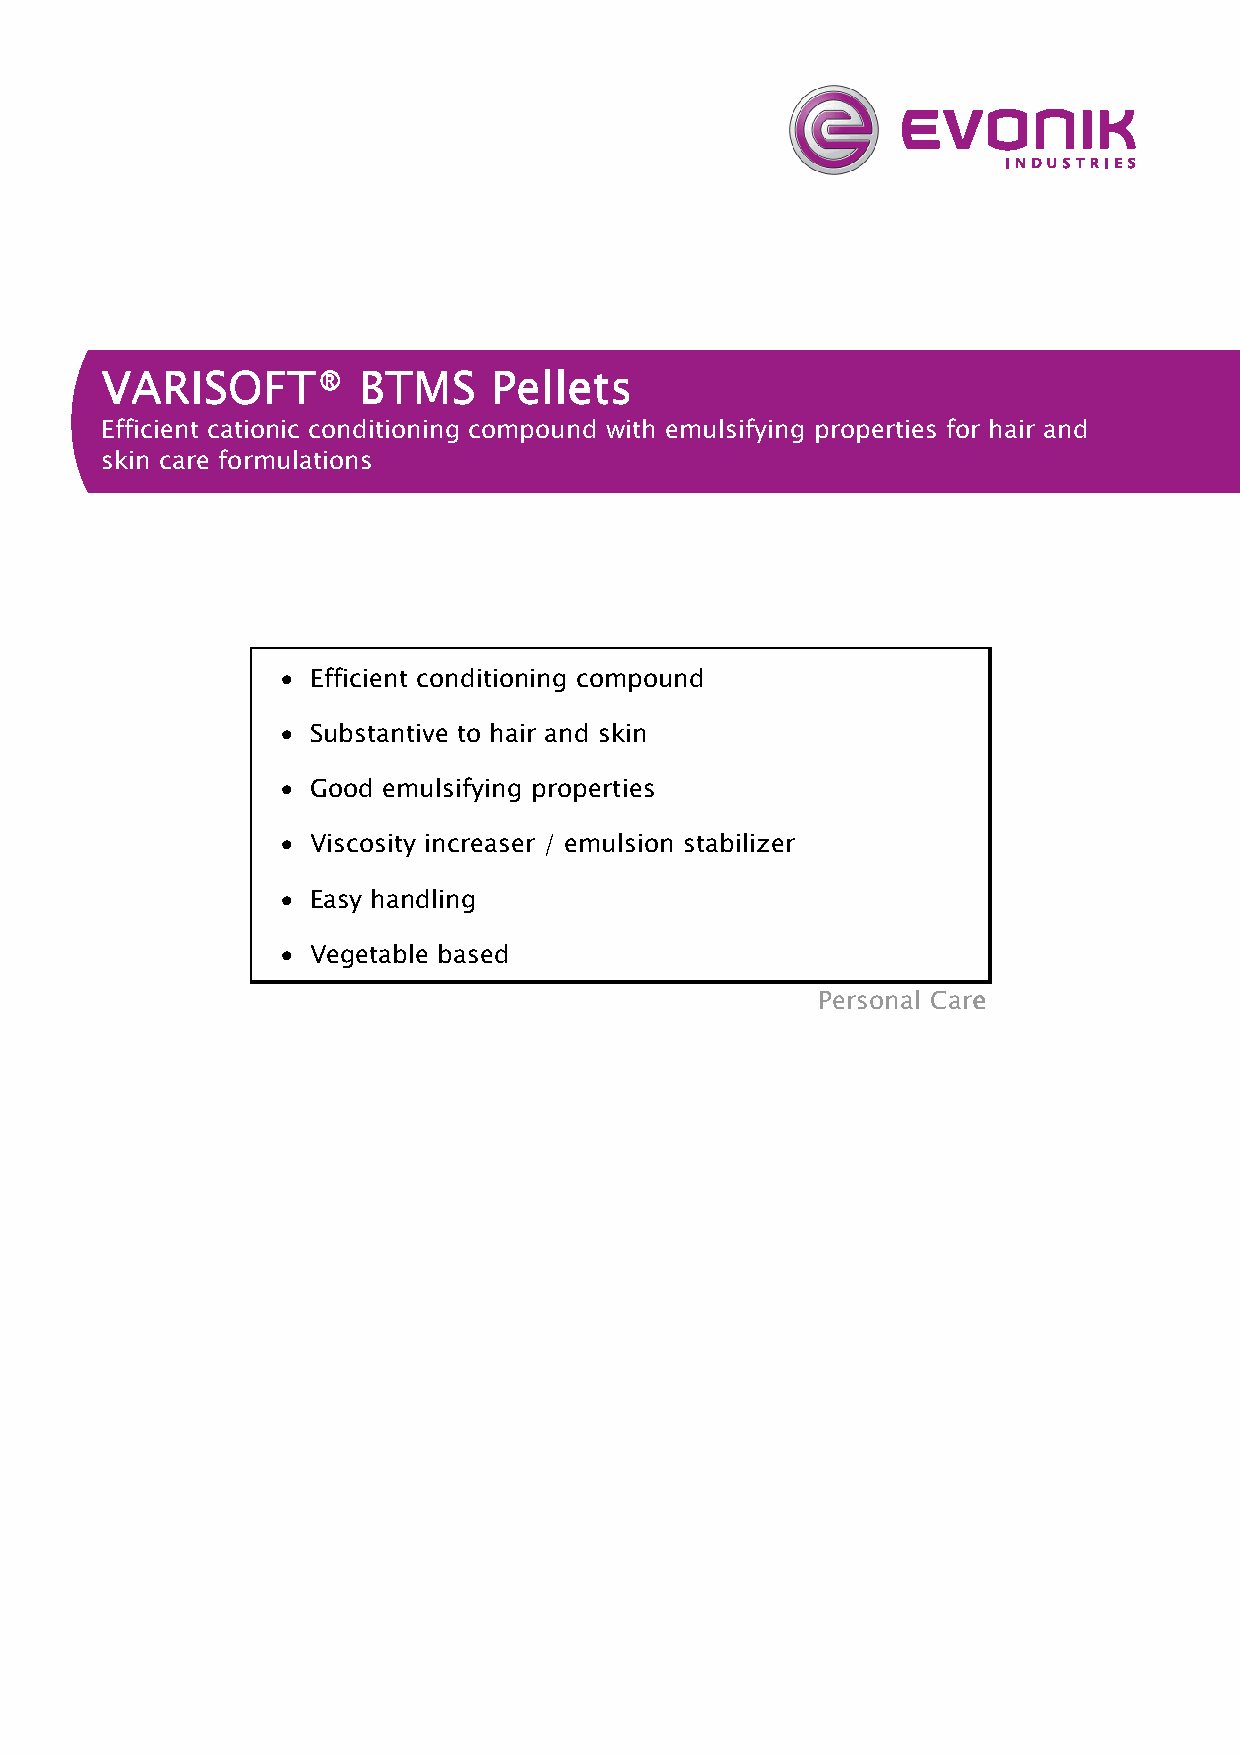
VVVVAAAARRRRIIIISSSSOOOOFFFFTTTT®®®® BBBBTTTTMMMMSSSS PPPPeeeelllllllleeeettttssss
 Efficient cationic conditioning compound with emulsifying properties for hair and
 skin care formulations
 • Efficient conditioning compound
 • Substantive to hair and skin
 • Good emulsifying properties
 • Viscosity increaser / emulsion stabilizer
 • Easy handling
 • Vegetable based
 PPPPeeeerrrrssssoooonnnnaaaallll CCCCaaaarrrreeee